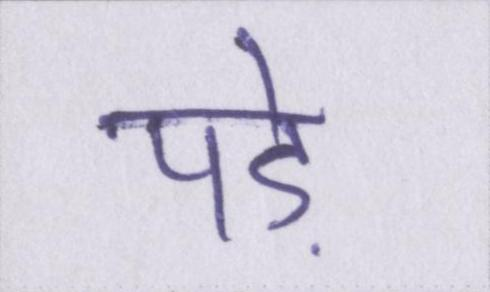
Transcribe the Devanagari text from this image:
पड़े